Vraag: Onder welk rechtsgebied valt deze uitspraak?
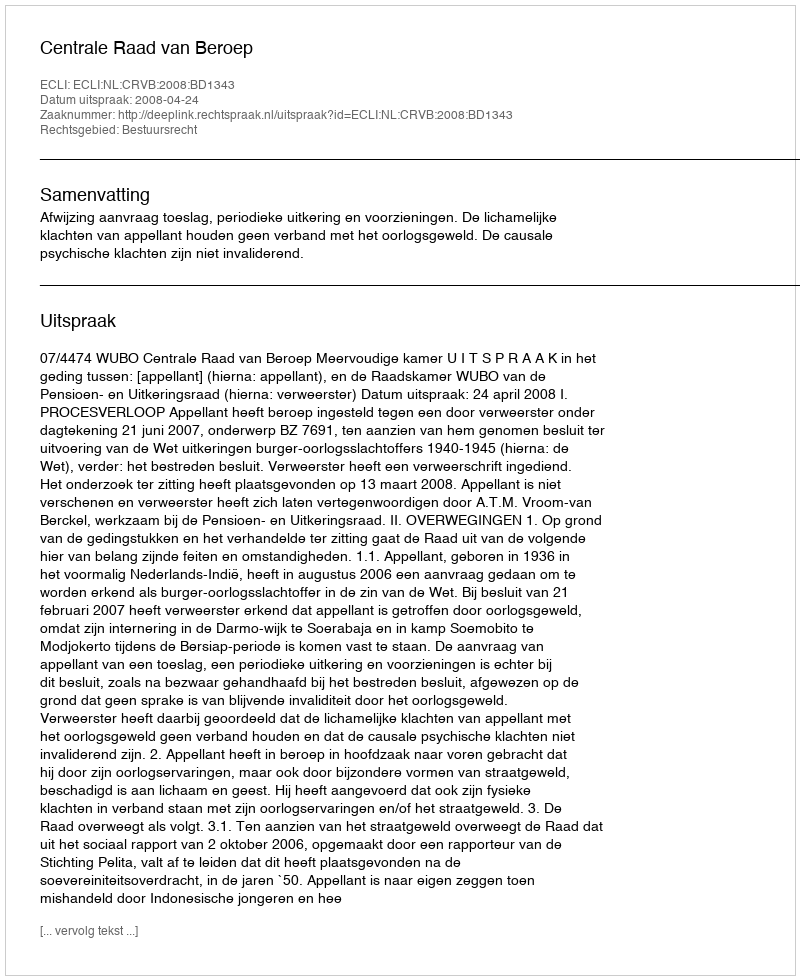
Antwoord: Bestuursrecht